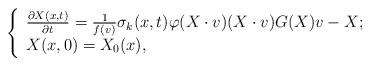
LaTeX: \begin{align*}\left\{\begin{array}{lr}\frac{\partial X(x,t)}{\partial t}=\frac{1}{f(v)}\sigma_{k}(x,t)\varphi(X\cdot v)(X\cdot v)G(X)v-X; \\X(x,0)=X_{0}(x),\end{array}\right.\end{align*}